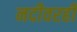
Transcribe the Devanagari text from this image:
नदीवरही